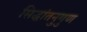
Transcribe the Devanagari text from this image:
सिद्धांतनुगुण